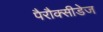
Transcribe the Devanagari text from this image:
पैरौक्सीडेज